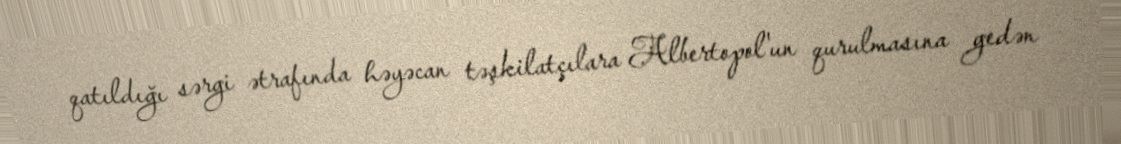
qatıldığı sərgi ətrafında həyəcan təşkilatçılara Albertopol'un qurulmasına gedən